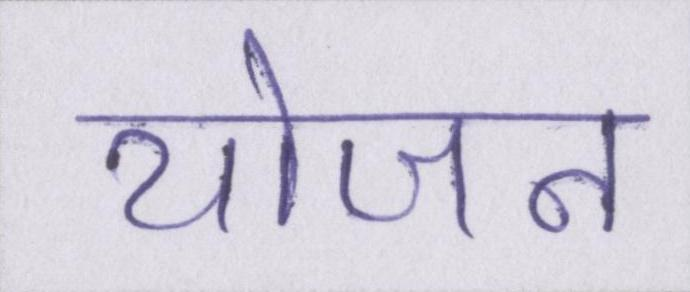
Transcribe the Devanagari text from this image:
योजन